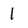
Character: 1